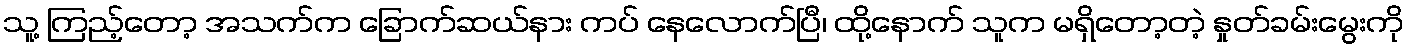
သူ့ ကြည့်တော့ အသက်က ခြောက်ဆယ်နား ကပ် နေလောက်ပြီ၊ ထို့နောက် သူက မရှိတော့တဲ့ နှုတ်ခမ်းမွေးကို